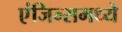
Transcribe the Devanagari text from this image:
एंजिन्समध्ये